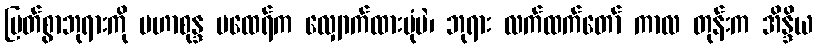
မြတ်စွာဘုရားကို မဟာစုန္ဒ မထေရ်က လျှောက်ထားပုံပဲ၊ ဘုရား လက်ထက်တော် ကာလ တုန်းက အိန္ဒိယ